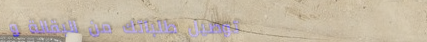
توصيل طلباتك من البقالة و